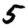
Digit: 5